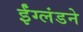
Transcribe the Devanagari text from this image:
ईंग्लंडने